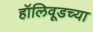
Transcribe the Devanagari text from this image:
हॉलिवूडच्या